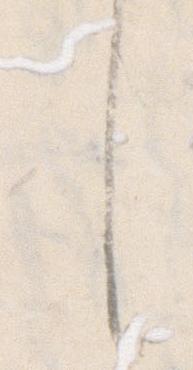
し